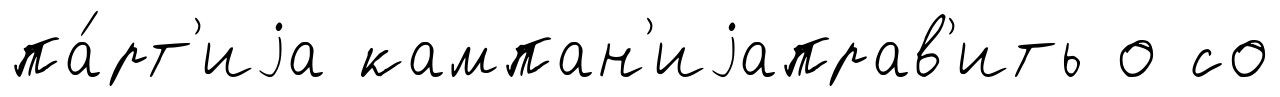
па́рт'иjа кампан'иjаправ'ить о со